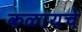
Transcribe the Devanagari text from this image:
कळायचे